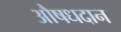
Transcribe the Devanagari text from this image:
औषधदान